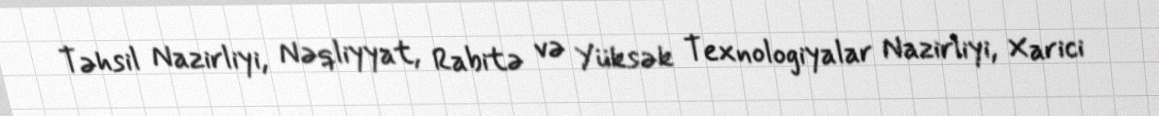
Təhsil Nazirliyi, Nəqliyyat, Rabitə və Yüksək Texnologiyalar Nazirliyi, Xarici